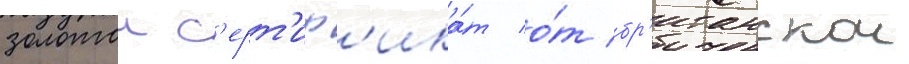
золотои с'ерт'иф'ика́т о́т бр'итанскои